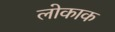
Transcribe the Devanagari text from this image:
लोकाक